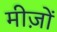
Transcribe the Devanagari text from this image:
मीज़ों